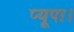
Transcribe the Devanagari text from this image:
प्यूपा।